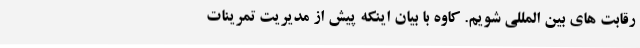
رقابت های بین المللی شویم. کاوه با بیان اینکه پیش از مدیریت تمرینات